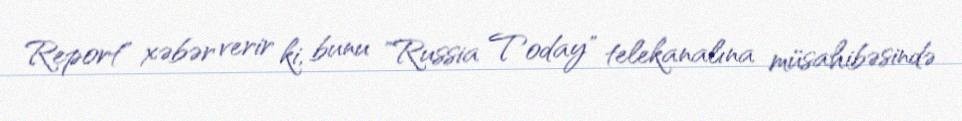
Report" xəbər verir ki, bunu "Russia Today" telekanalına müsahibəsində